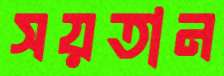
সয়তান